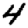
Digit: 4